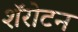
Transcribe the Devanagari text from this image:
शॅरोटन